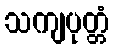
သကျပုတ္တံ